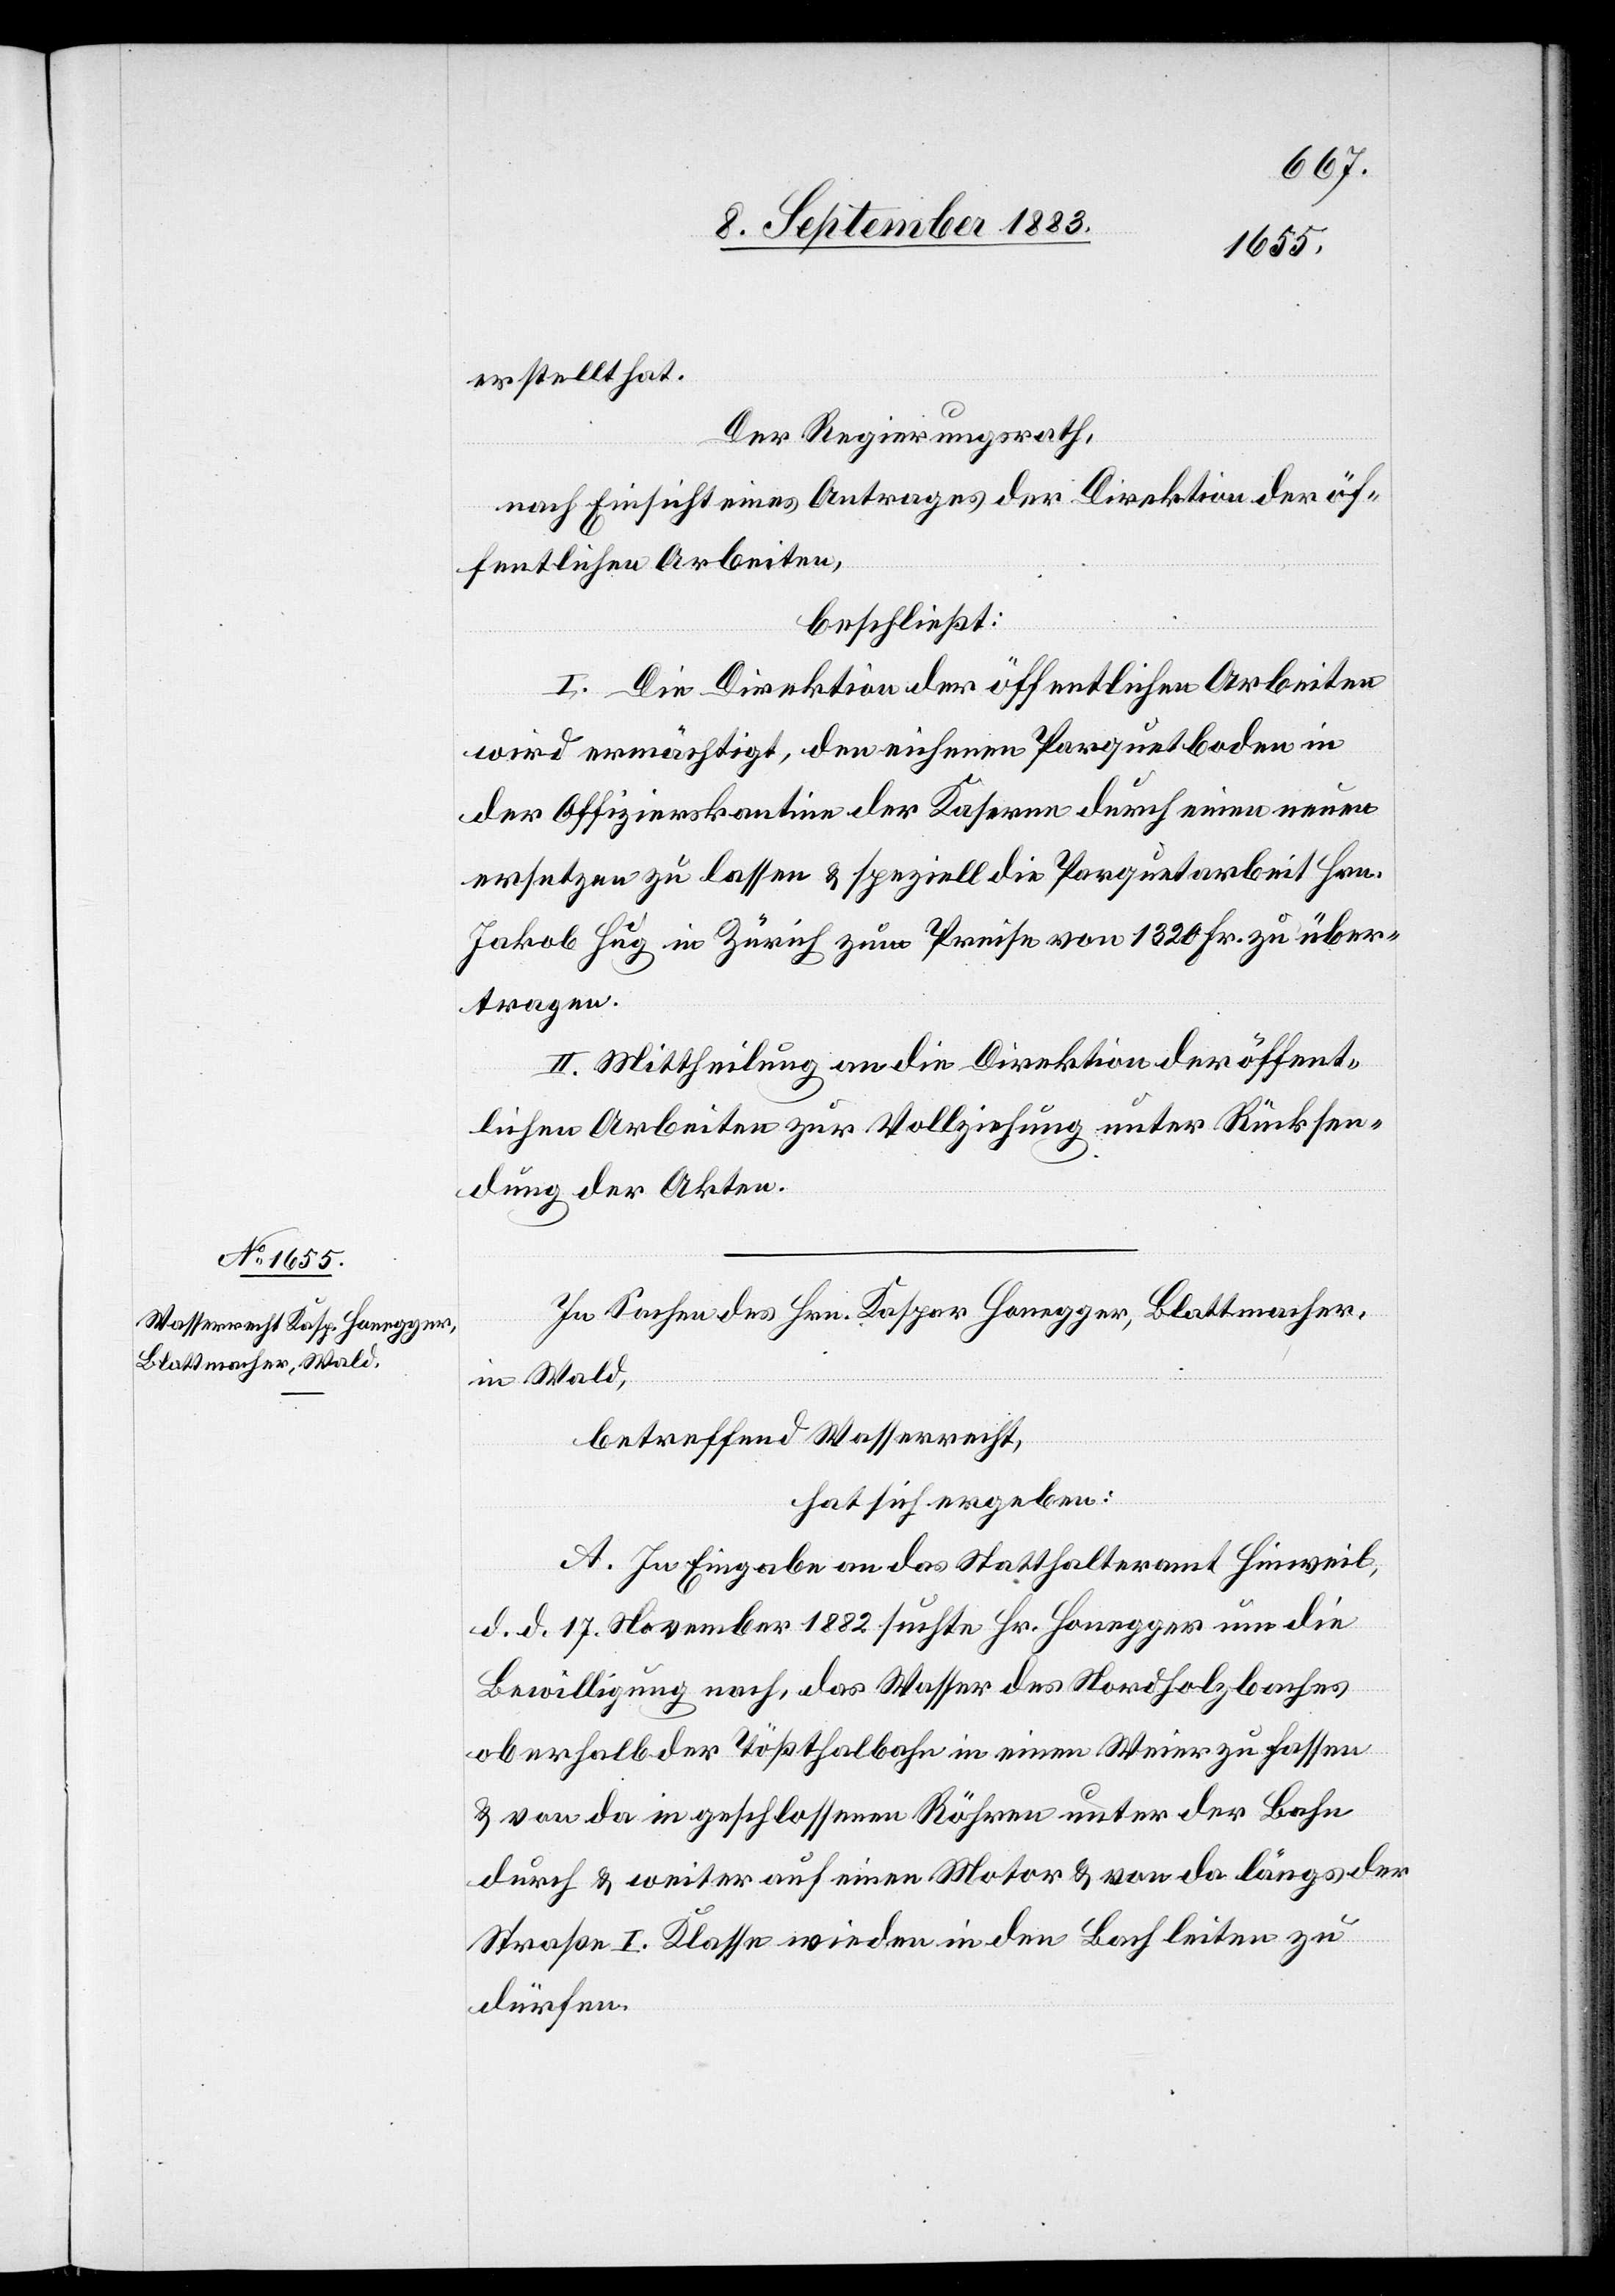
stellt hat.
Der Regierungsrath,
nach Einsicht eines Antrages der Direktion der öf¬
fentlichen Arbeiten,
beschließt:
I. Die Direktion der öffentlichen Arbeiten
wird ermächtigt, den eichenen Parquetboden in
der Offizierskantine der Kaserne durch einen neuen
ersetzen zu lassen & speziell die Parquetarbeit Hrn.
Jakob Hug in Zürich zum Preise von 1320 Fr. zu über¬
tragen.
II. Mittheilung an die Direktion der öffent¬
lichen Arbeiten zur Vollziehung unter Rücksen¬
dung der Akten.
In Sachen des Hrn. Kaspar Honegger, Blattmacher,
in Wald,
betreffend Wasserrecht,
hat sich ergeben:
A. In Eingabe an das Statthalteramt Hinweil,
d. d. 17. November 1882 suchte Hr. Honegger um die
Bewilligung nach, das Wasser des Nordholzbaches
oberhalb der Tößthalbahn in einen Weier zu fassen
& von da in geschlossenen Röhren unter der Bahn
durch & weiter auf einen Motor & von da längs der
Straße I. Klasse wieden [recte: wieder] in den Bach leiten zu
dürfen.